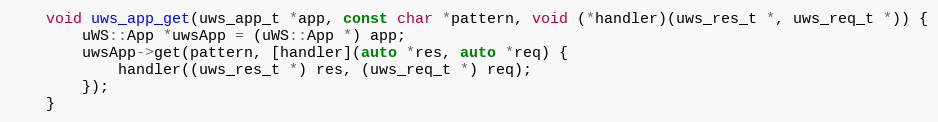
Language: C++
    void uws_app_get(uws_app_t *app, const char *pattern, void (*handler)(uws_res_t *, uws_req_t *)) {
        uWS::App *uwsApp = (uWS::App *) app;
        uwsApp->get(pattern, [handler](auto *res, auto *req) {
            handler((uws_res_t *) res, (uws_req_t *) req);
        });
    }